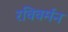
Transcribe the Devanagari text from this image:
रविवर्मन